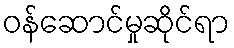
ဝန်ဆောင်မှုဆိုင်ရာ